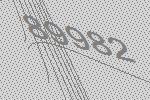
89982